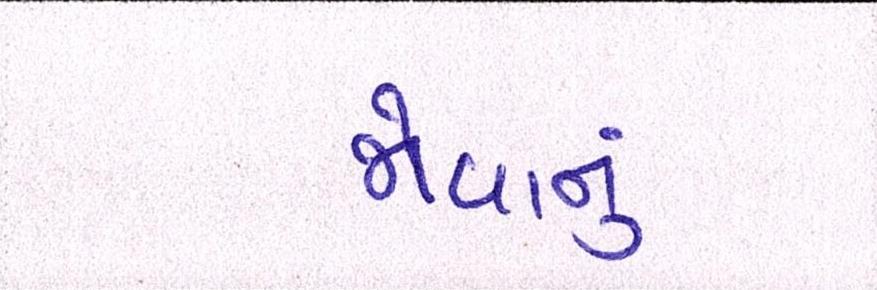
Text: જોવાનું